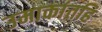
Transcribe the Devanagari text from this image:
उमाकांतहि